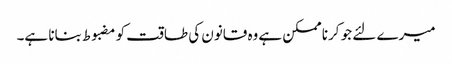
میرے لئے جو کرنا ممکن ہے وه قانون کی طاقت کو مضبوط بنانا ہے۔